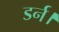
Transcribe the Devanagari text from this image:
डर्न।